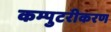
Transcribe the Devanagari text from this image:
कम्पुटरीकरण